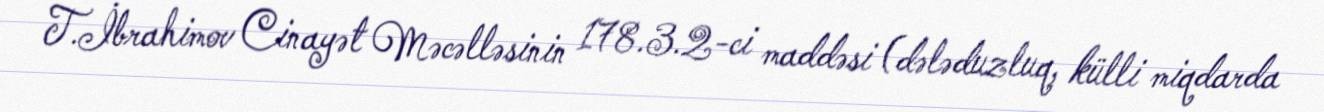
T.İbrahimov Cinayət Məcəlləsinin 178.3.2-ci maddəsi (dələduzluq, külli miqdarda